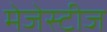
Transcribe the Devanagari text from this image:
मेजेस्टीज